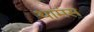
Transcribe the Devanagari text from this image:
थामंस